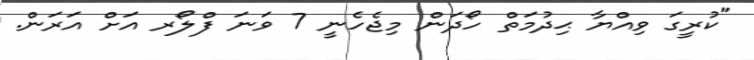
"ކުރީގަ ވިއްޔާ ޙިދުމަތް ހޯދަން މިޖެހެނީ 7 ވަނަ ފްލޯރ އަށް އަރަން.